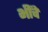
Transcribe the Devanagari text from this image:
भींचे